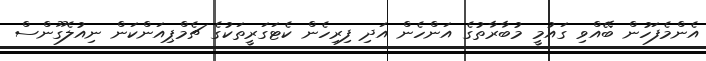
އެންމެފަހުން ބޭއްވި ގައުމީ މުބާރާތުގެ އަންހެން އަދި ފިރިހެން ކެޓަގަރީތަކުގެ ޗެމްޕިއަންކަން ނިއުލެގޫންސް